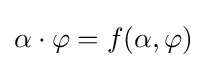
\alpha \cdot \varphi =f(\alpha ,\varphi )